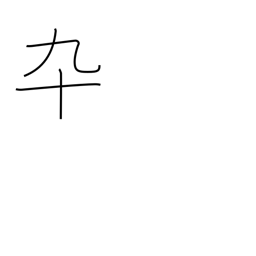
Meaning: soldier